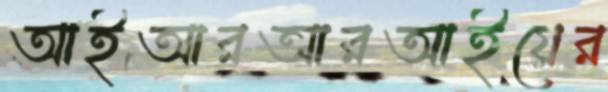
আইআরআরআইয়ের